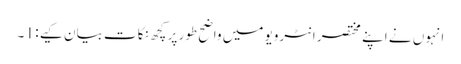
انہوں نے اپنے مختصر انٹرویو میں واضح طور پر کچھ نکات بیان کیے : 1 ۔